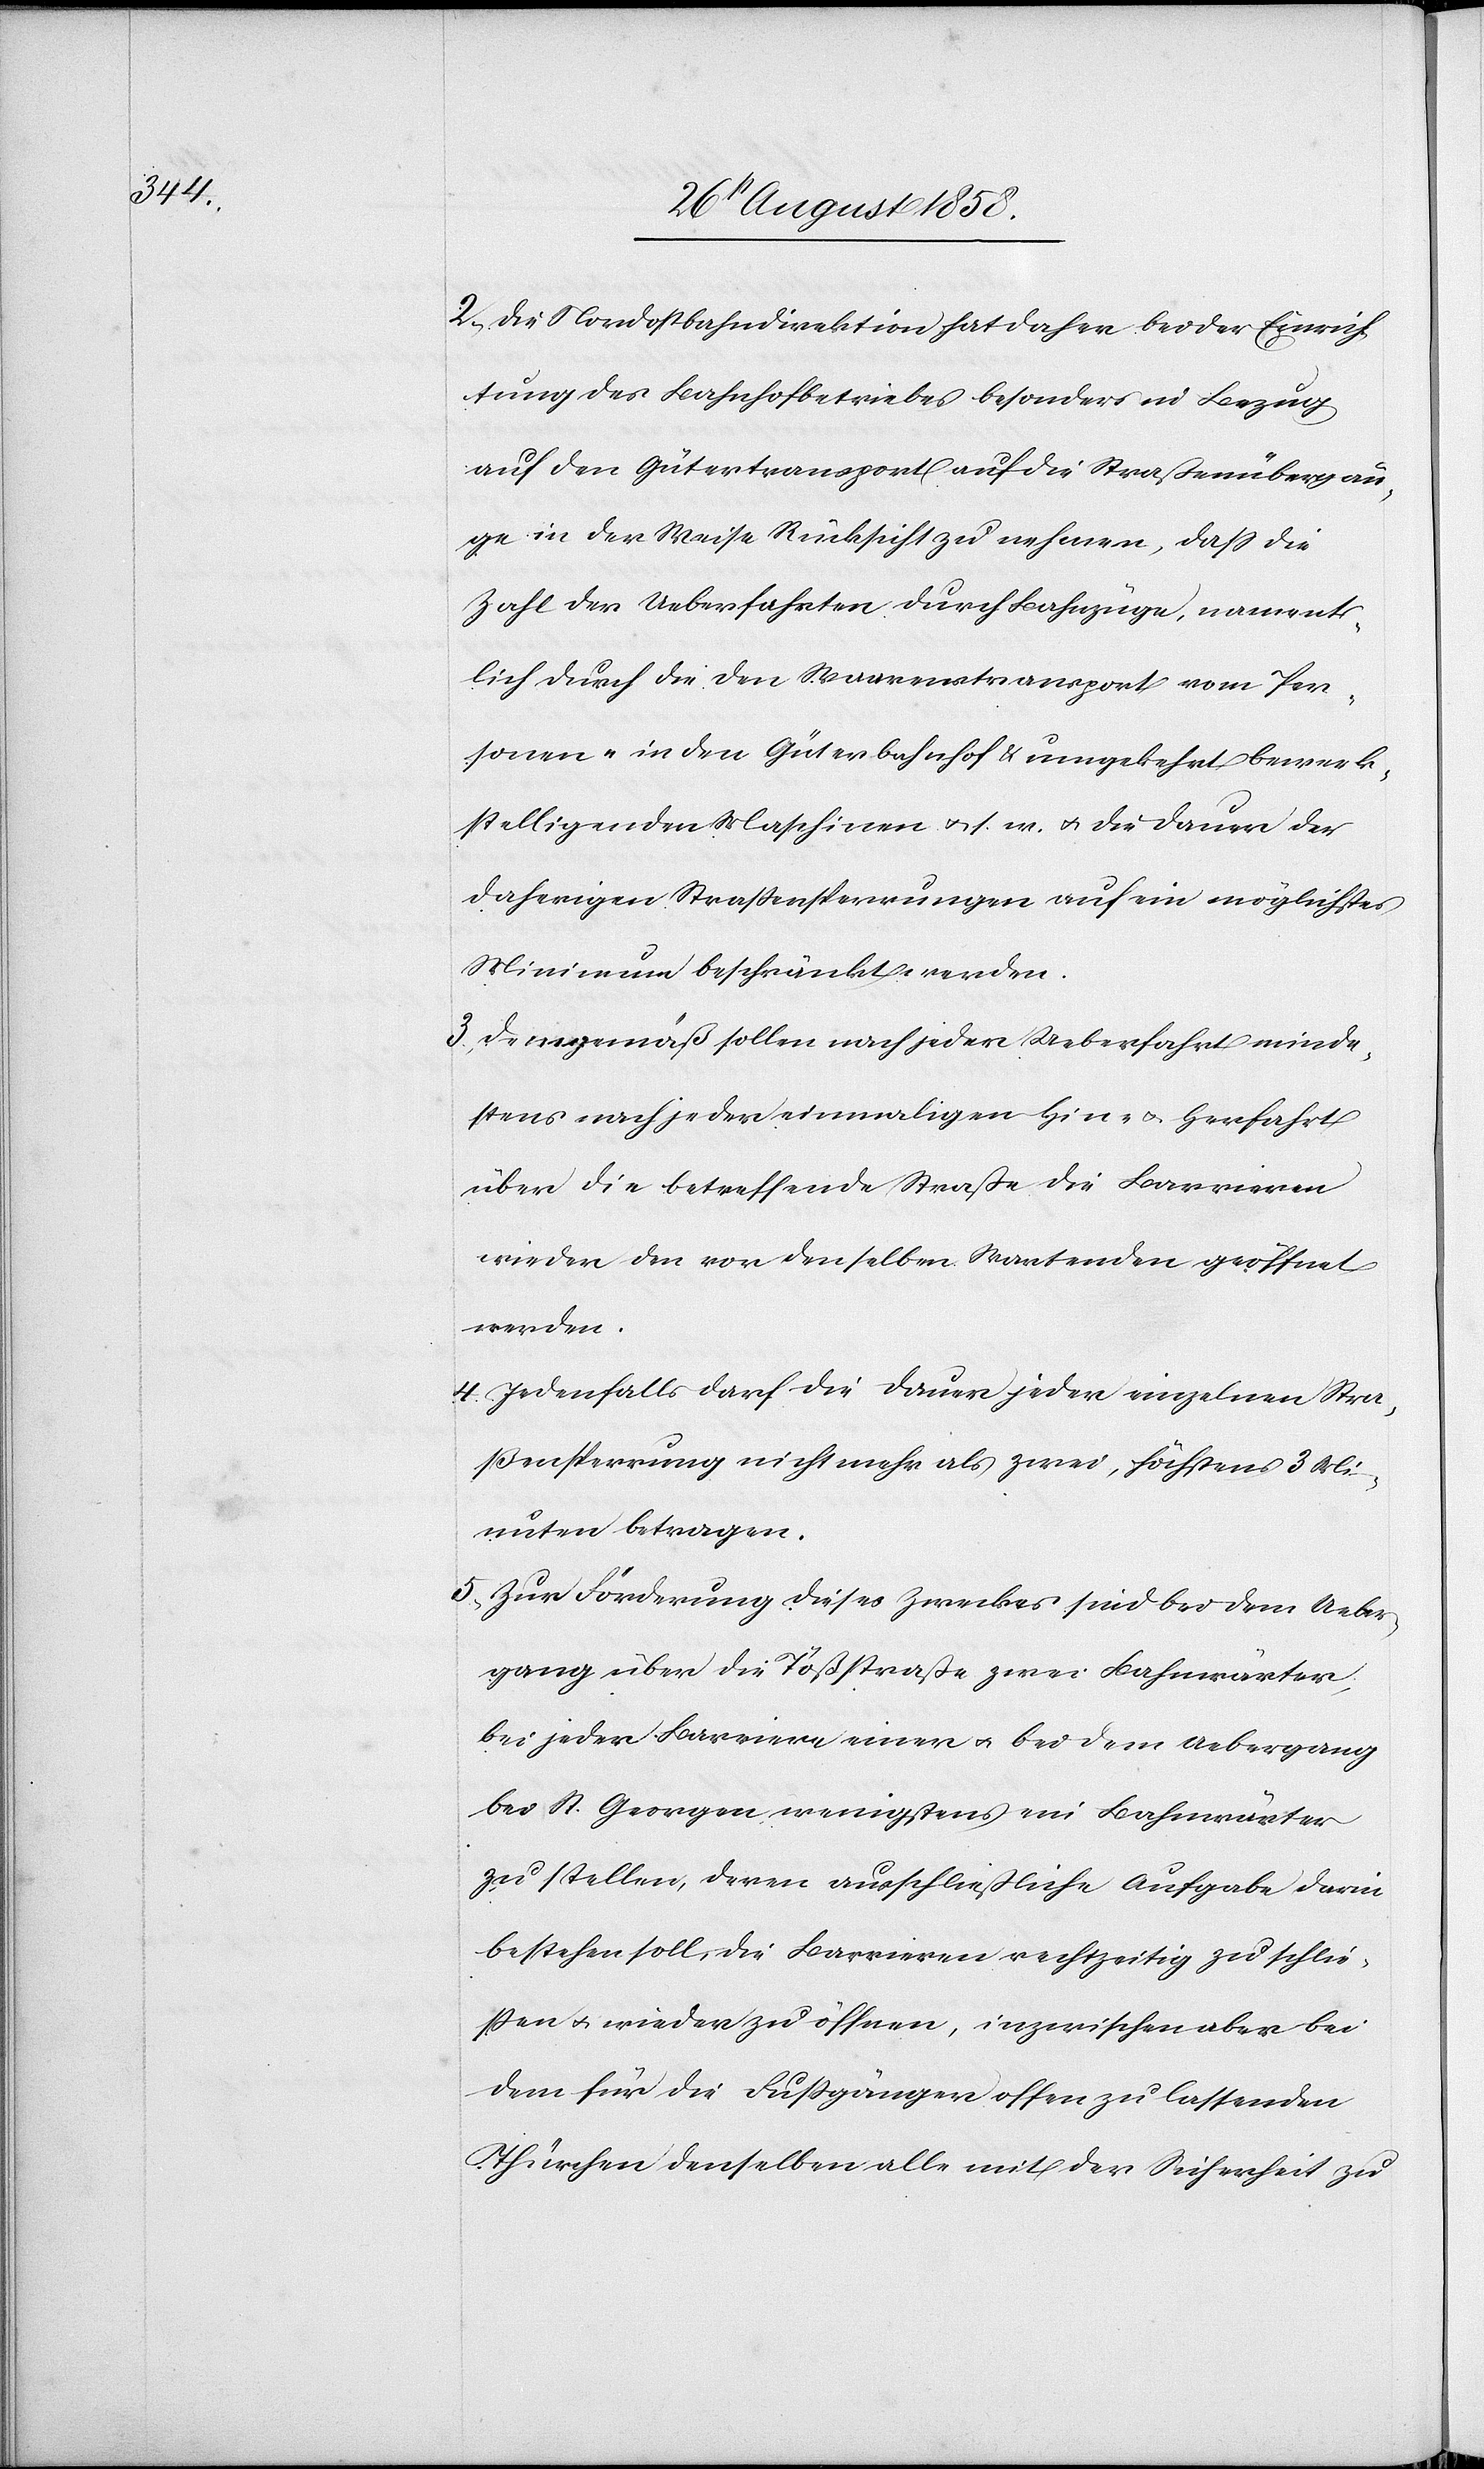
2. Die Nordostbahndirektion hat daher bei der Einrich¬
tung des Bahnhofbetriebes besonders in Bezug
auf den Gütertransport auf die Straßenübergän¬
ge in der Weise Rücksicht zu nehmen, dass die
Zahl der Ueberfahrten durch Bahnzüge, nament¬
lich durch die den Waarenstransport vom Per¬
sonen- in den Güterbahnhof & umgekehrt bewerk¬
stelligenden Maschinen & s. w. & die Dauer der
daherigen Straßensperrungen auf ein möglichstes
Minimum beschränkt werden.
3. Demgemäß sollen nach jeder Ueberfahrt minde¬
stens nach jeder einmaligen Hin- & Herfahrt
über die betreffende Straße die Barrieren
wieder den vor denselben Wartenden geöffnet
werden.
4. Jedenfalls darf die Dauer jeder einzelnen Stra¬
ßensperrung nicht mehr als zwei, höchstens 3 Mi¬
nuten betragen.
5. Zur Förderung dieses Zweckes sind bei dem Ueber¬
gang über die Tößstraße zwei Bahnwärter,
bei jeder Barriere einer & bei dem Uebergang
bei St. Georgen wenigstens ein Bahnwärter
zu stellen, deren ausschließliche Aufgabe darin
bestehen soll, die Barrieren rechtzeitig zu schlie¬
ssen & wieder zu öffnen, inzwischen aber bei
dem für die Fussgänger offen zu lassenden
Thürchen denselben alle mit der Sicherheit zu